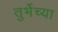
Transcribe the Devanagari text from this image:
तुर्भेच्या